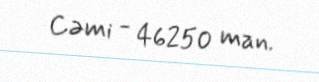
Cəmi - 46250 man.